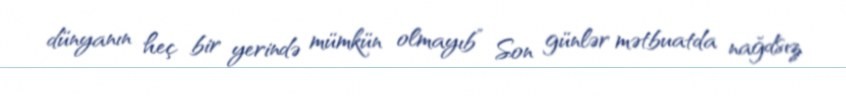
dünyanın heç bir yerində mümkün olmayıb” Son günlər mətbuatda nağdsız